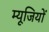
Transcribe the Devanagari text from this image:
म्यूजियों